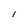
Character: l